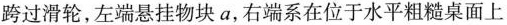
跨过滑轮，左端悬挂物块a，右端系在位于水平粗糙桌面上